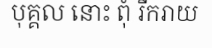
បុគ្គល នោះ ពុំ រីករាយ